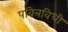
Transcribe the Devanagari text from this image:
पवित्रविधी